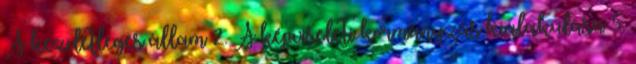
A kezdetleges állam 2. A képviseleti kormányzás kialakulása 5.